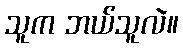
သူက ဘယ်သူလဲ။